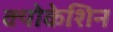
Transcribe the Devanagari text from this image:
क्योकेशिन